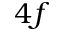
4 f